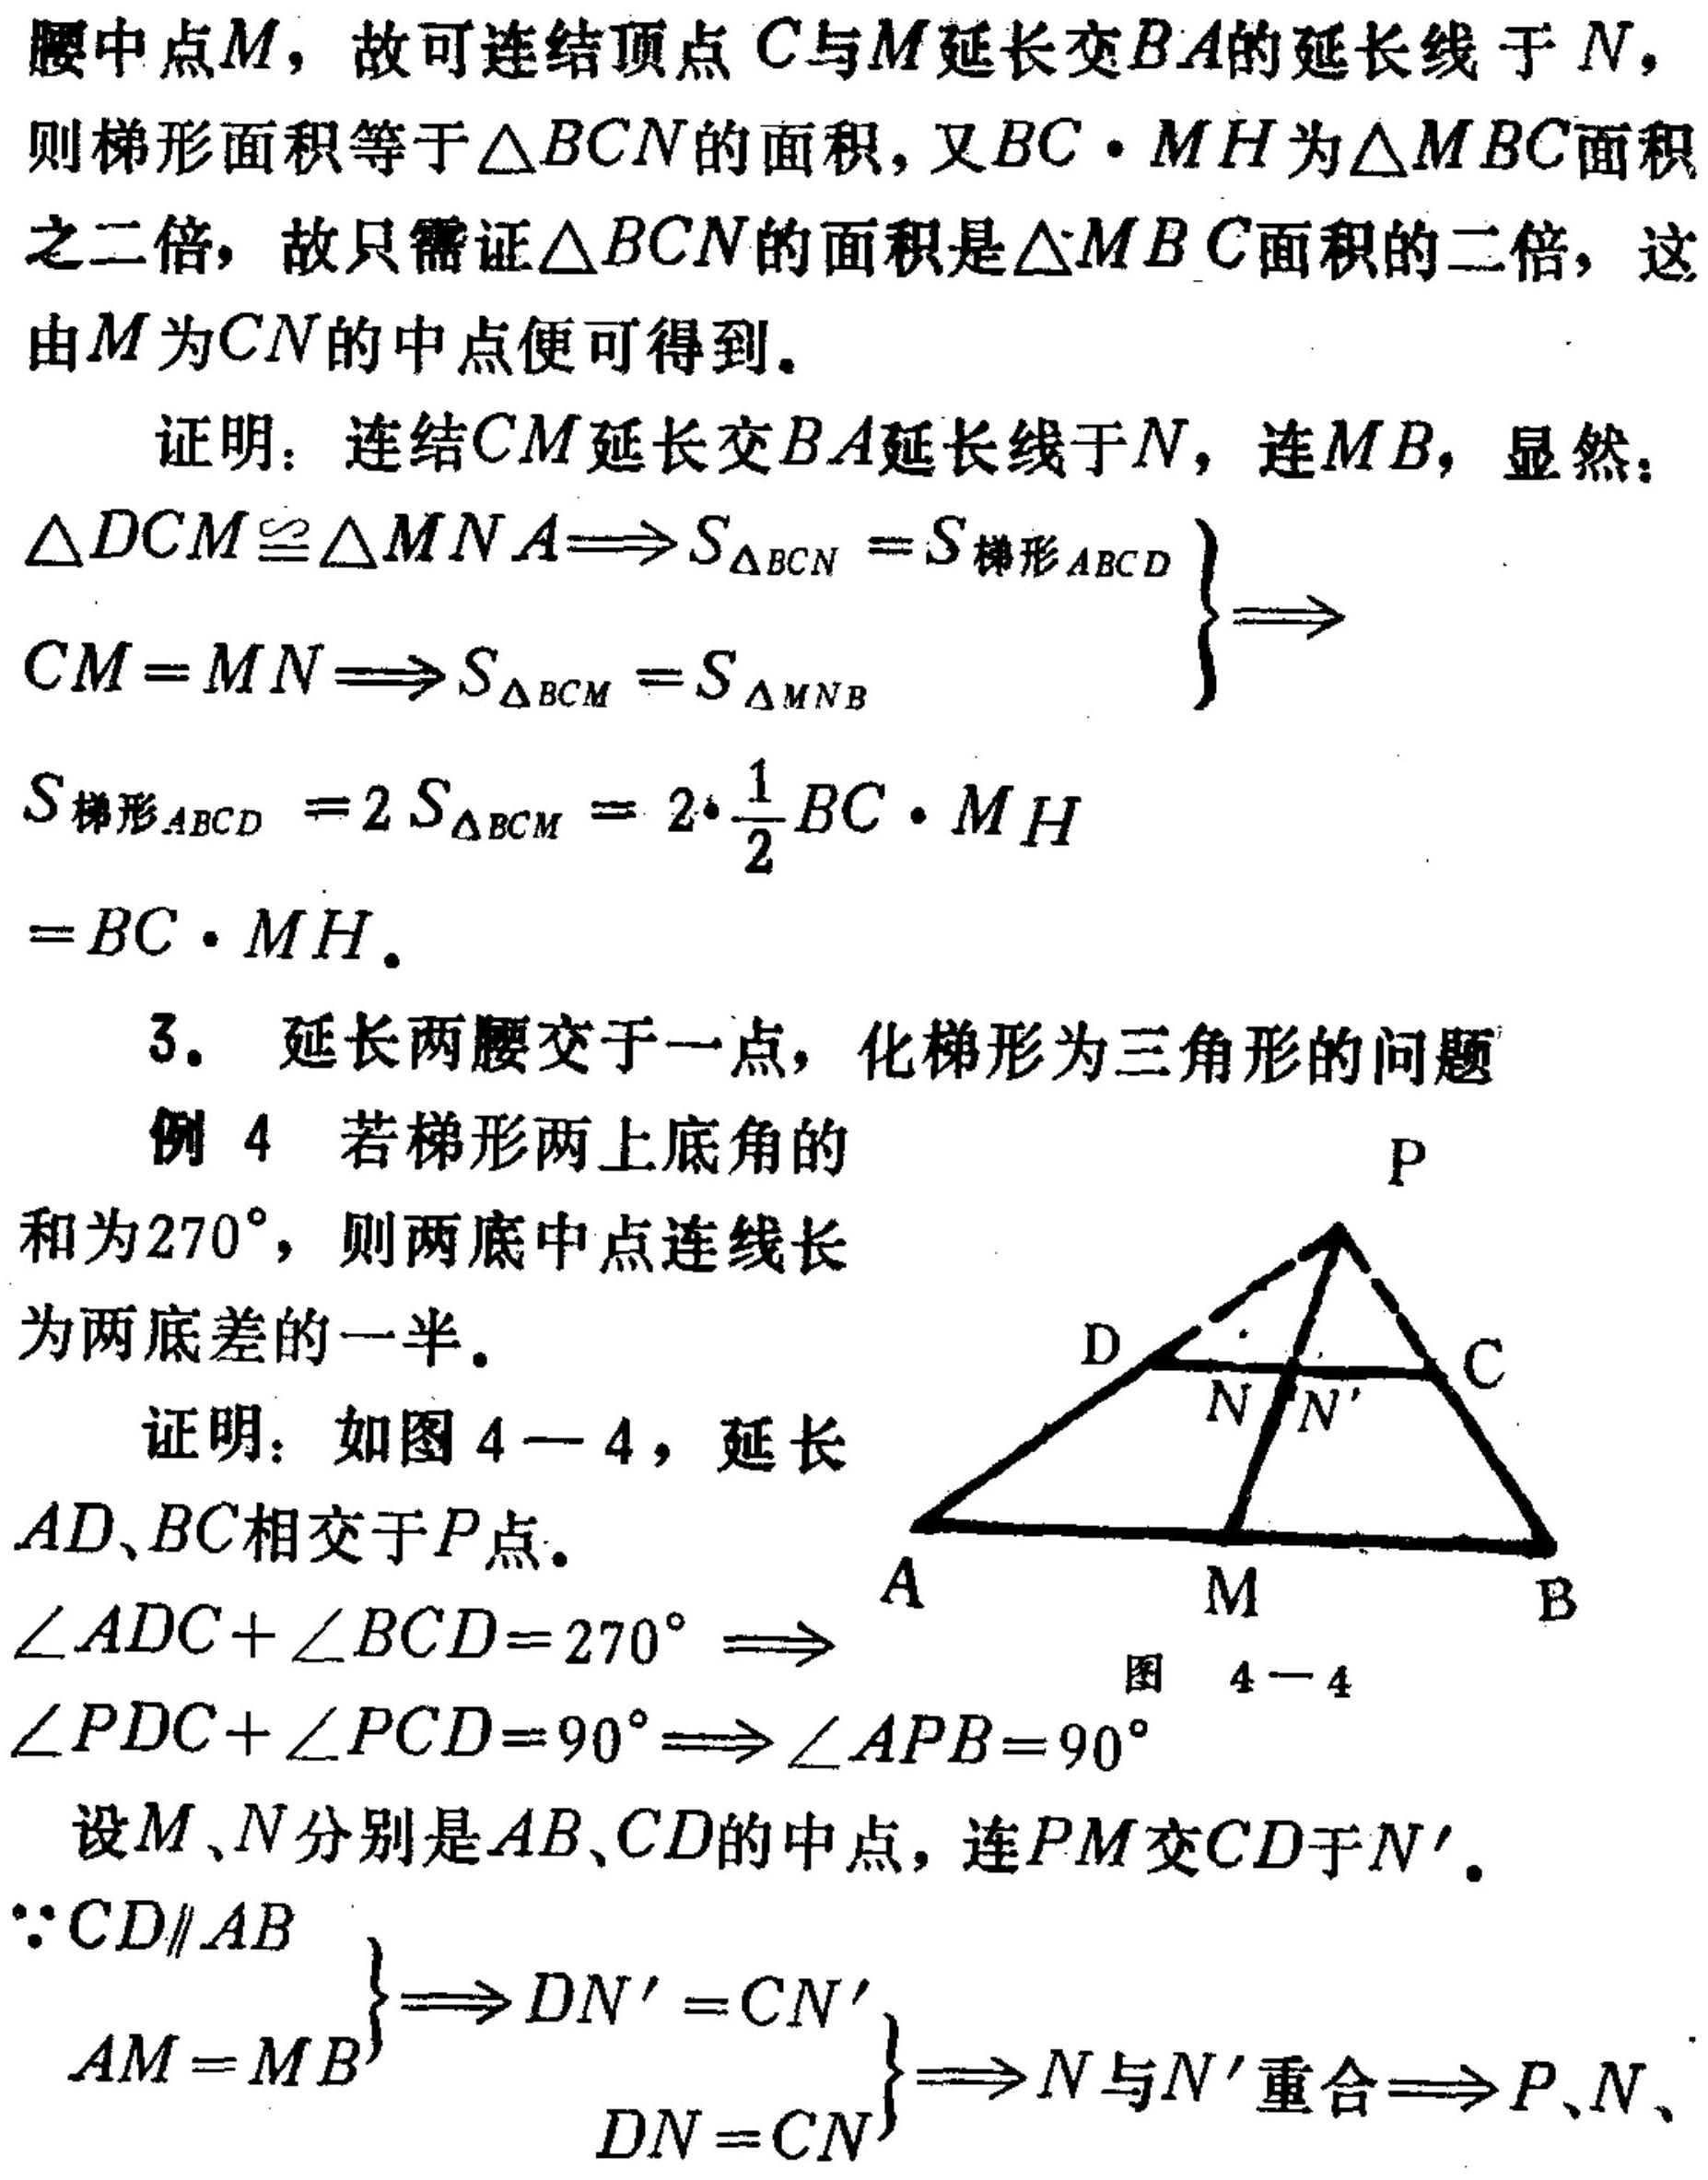
腰中点\(M\)，故可连结顶点\(C\)与\(M\)延长交\(BA\)的延长线于\(N\)，则梯形面积等于\(\triangle BCN\)的面积，又\(BC\cdot MH\)为\(\triangle MBC\)面积之二倍，故只需证\(\triangle BCN\)的面积是\(\triangle MBC\)面积的二倍，这由\(M\)为\(CN\)的中点便可得到。
证明：连结\(CM\)延长交\(BA\)延长线于\(N\)，连\(MB\)，显然：
\(\left.\begin{array}{l}\triangle DCM\cong\triangle MNA\Longrightarrow S_{\triangle BCN}=S_{梯形ABCD}\\CM = MN\Longrightarrow S_{\triangle BCM}=S_{\triangle MNB}\end{array}\right\}\Longrightarrow\)
\(S_{梯形ABCD}=2S_{\triangle BCM}=2\cdot\frac{1}{2}BC\cdot MH=BC\cdot MH\)。
3. 延长两腰交于一点，化梯形为三角形的问题
例4 若梯形两上底角的和为\(270^{\circ}\)，则两底中点连线长为两底差的一半。
证明：如图 \(4 - 4\)，延长\(AD、BC\)相交于\(P\)点。
\(\angle ADC+\angle BCD = 270^{\circ}\Longrightarrow\angle PDC+\angle PCD = 90^{\circ}\Longrightarrow\angle APB = 90^{\circ}\)
设\(M、N\)分别是\(AB、CD\)的中点，连\(PM\)交\(CD\)于\(N'\)。
\(\left.\begin{array}{l}CD\parallel AB\\AM = MB\end{array}\right\}\Longrightarrow\left.\begin{array}{l}DN' = CN'\\DN = CN\end{array}\right\}\Longrightarrow N与N'重合\Longrightarrow P、N、\)